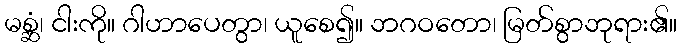
မစ္ဆံ၊ ငါးကို။ ဂါဟာပေတွာ၊ ယူစေ၍။ ဘဂဝတော၊ မြတ်စွာဘုရား၏။